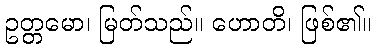
ဥတ္တမော၊ မြတ်သည်။ ဟောတိ၊ ဖြစ်၏။